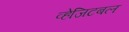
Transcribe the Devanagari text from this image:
व्हेजिटबल